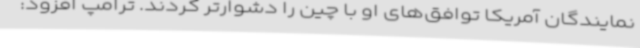
نمایندگان آمریکا توافق‌های او با چین را دشوارتر کردند. ترامپ افزود: